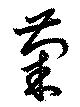
菊